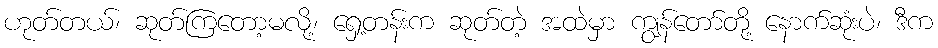
ဟုတ်တယ်၊ ဆုတ်ကြတော့မလို့၊ ရှေ့တန်းက ဆုတ်တဲ့ အထဲမှာ ကျွန်တော်တို့ နောက်ဆုံးပဲ၊ ဒီက